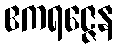
ဧကရဇ္ဇေန